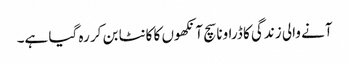
آنے والی زندگی کا ڈراونا سچ آنکھوں کا کانٹا بن کر رہ گیا ہے۔